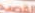
القصيد